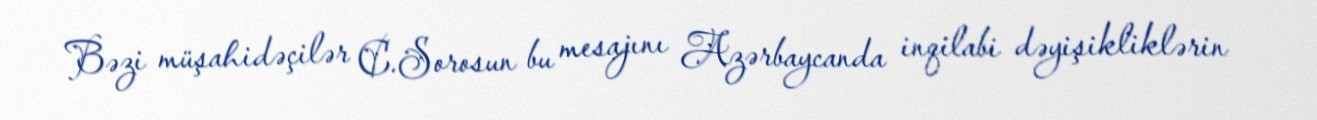
Bəzi müşahidəçilər C.Sorosun bu mesajını Azərbaycanda inqilabi dəyişikliklərin